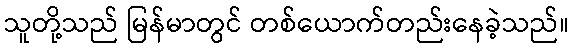
သူတို့သည် မြန်မာတွင် တစ်ယောက်တည်းနေခဲ့သည်။